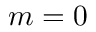
m = 0